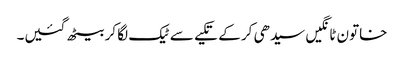
خاتون ٹانگیں سیدھی کر کے تکیے سے ٹیک لگا کر بیٹھ گئیں۔